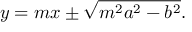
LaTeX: y = m x \pm { \sqrt { m ^ { 2 } a ^ { 2 } - b ^ { 2 } } } .